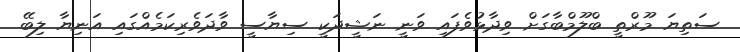
ސަތިޔަ މޫރްތީ ބްލޫމްބާގަށް ވިދާޅުވެފައި ވަނީ ނަޝީދަކީ ސިޔާސީ ވާދަވެރިކަމެއްގައި އަނިޔާ ލިބޭ